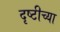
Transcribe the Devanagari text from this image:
दृष्टीच्या